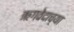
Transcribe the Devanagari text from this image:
ऋगवेदाच्या